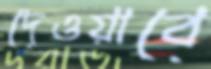
দেওয়াবে